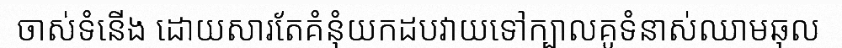
ចាស់ទំនើង ដោយសារតែគំនុំយកដបវាយទៅក្បាលគូទំនាស់ឈាមឆុល